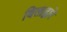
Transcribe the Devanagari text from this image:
बिलाद्वारे